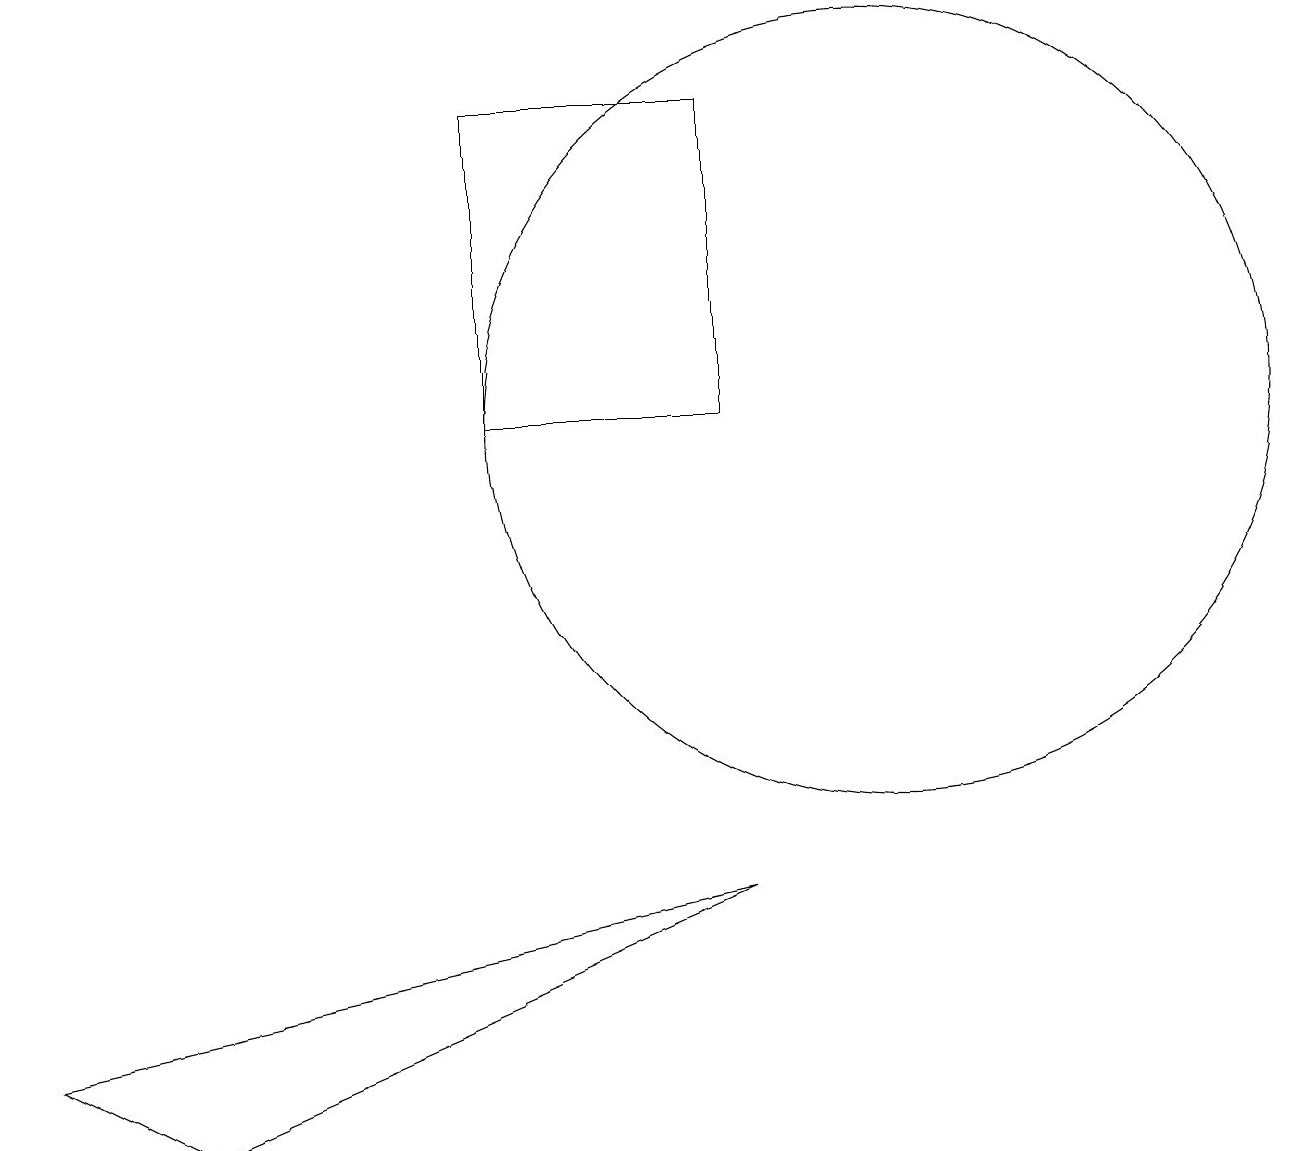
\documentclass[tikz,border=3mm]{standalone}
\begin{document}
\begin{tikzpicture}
\draw (2,3) -- (9,6) -- (0,4) -- cycle;
\draw (11,12) circle (5);
\draw (9,12) rectangle (6,16);
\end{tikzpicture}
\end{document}